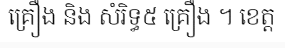
គ្រឿង និង សំរិទ្ធ៥ គ្រឿង ។ ខេត្ត